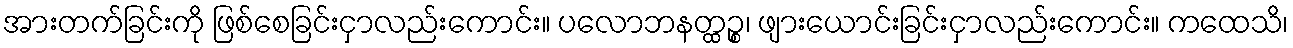
အားတက်ခြင်းကို ဖြစ်စေခြင်းငှာလည်းကောင်း။ ပလောဘနတ္ထဉ္စ၊ ဖျားယောင်းခြင်းငှာလည်းကောင်း။ ကထေသိ၊